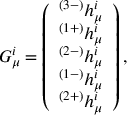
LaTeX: G _ { \mu } ^ { i } = \left( \begin{array} { c } { { ^ { ( 3 - ) } h _ { \mu } ^ { i } } } \\ { { ^ { ( 1 + ) } h _ { \mu } ^ { i } } } \\ { { ^ { ( 2 - ) } h _ { \mu } ^ { i } } } \\ { { ^ { ( 1 - ) } h _ { \mu } ^ { i } } } \\ { { ^ { ( 2 + ) } h _ { \mu } ^ { i } } } \end{array} \right) ,